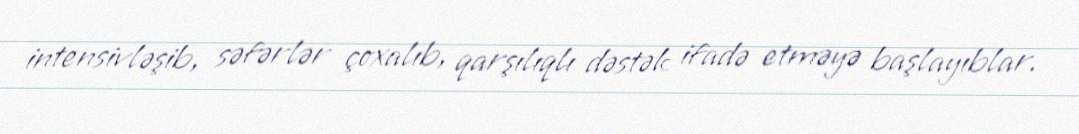
intensivləşib, səfərlər çoxalıb, qarşılıqlı dəstək ifadə etməyə başlayıblar.